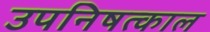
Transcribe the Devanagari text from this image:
उपनिषत्काल